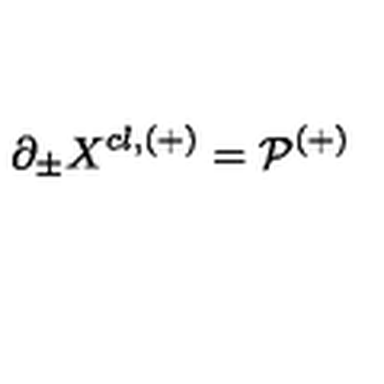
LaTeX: \partial _ { \pm } X ^ { c l , ( + ) } = { \cal P ^ { ( + ) } }